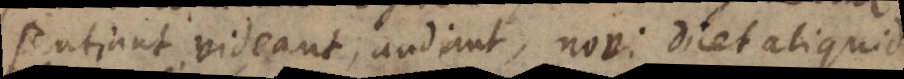
sentiant, videant, audiant, novi dicet aliquid